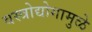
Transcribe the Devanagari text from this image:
वस्त्रोद्योगामुळे